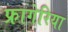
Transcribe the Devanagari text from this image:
फ्रागेरिया